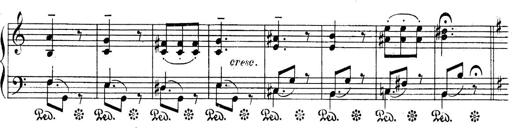
Title: Sonatines
Composer: Hedwige ChrÃ©tien